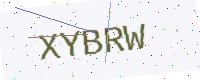
Text: XYBRW